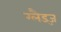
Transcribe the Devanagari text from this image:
ग्लैड्ज़